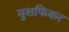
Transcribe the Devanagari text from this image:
मुशफिकर